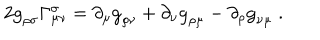
LaTeX: 2 { \tt g } _ { \rho \sigma } \Gamma _ { \mu \nu } ^ { \sigma } = \partial _ { \mu } { \tt g } _ { \rho \nu } + \partial _ { \nu } { \tt g } _ { \rho \mu } - \partial _ { \rho } { \tt g } _ { \nu \mu } \; .